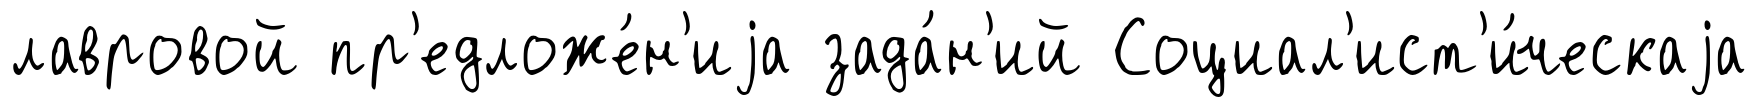
лавровой пр'едложе́н'иjа зада́н'ий Социал'ист'и́ческаjа